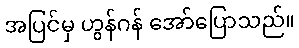
အပြင်မှ ဟွန်ဂန် အော်ပြောသည်။